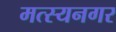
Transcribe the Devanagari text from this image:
मत्स्यनगर